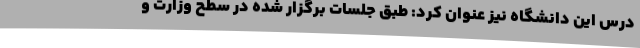
درس این دانشگاه نیز عنوان کرد: طبق جلسات برگزار شده در سطح وزارت و